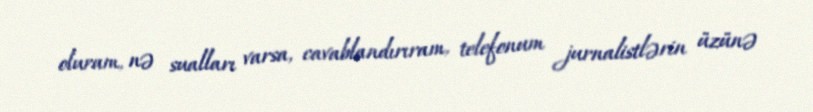
oluram, nə sualları varsa, cavablandırıram, telefonum jurnalistlərin üzünə